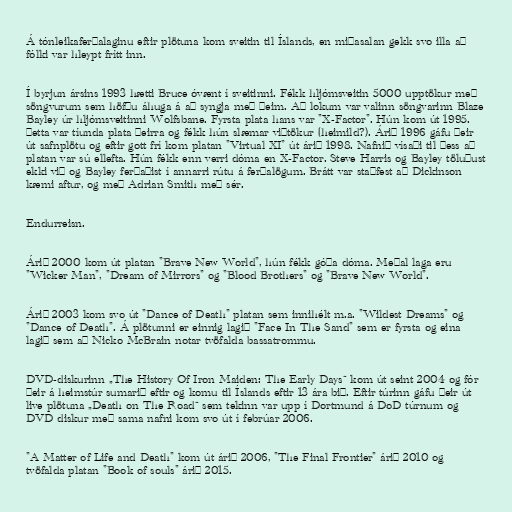
Á tónleikaferðalaginu eftir plötuna kom sveitin til Íslands, en miðasalan gekk svo illa að
fólki var hleypt frítt inn.

Í byrjun ársins 1993 hætti Bruce óvænt í sveitinni. Fékk hljómsveitin 5000 upptökur með
söngvurum sem höfðu áhuga á að syngja með þeim. Að lokum var valinn söngvarinn Blaze
Bayley úr hljómsveitinni Wolfsbane. Fyrsta plata hans var "X-Factor". Hún kom út 1995.
Þetta var tíunda plata þeirra og fékk hún slæmar viðtökur (heimild?). Árið 1996 gáfu þeir
út safnplötu og eftir gott frí kom platan "Virtual XI" út árið 1998. Nafnið vísaði til þess að
platan var sú ellefta. Hún fékk enn verri dóma en X-Factor. Steve Harris og Bayley töluðust
ekki við og Bayley ferðaðist í annarri rútu á ferðalögum. Brátt var staðfest að Dickinson
kæmi aftur, og með Adrian Smith með sér.

Endurreisn.

Árið 2000 kom út platan "Brave New World", hún fékk góða dóma. Meðal laga eru
"Wicker Man", "Dream of Mirrors" og "Blood Brothers" og "Brave New World".

Árið 2003 kom svo út "Dance of Death" platan sem innihélt m.a. "Wildest Dreams" og
"Dance of Death". Á plötunni er einnig lagið "Face In The Sand" sem er fyrsta og eina
lagið sem að Nicko McBrain notar tvöfalda bassatrommu.

DVD-diskurinn „The History Of Iron Maiden: The Early Days“ kom út seint 2004 og fór
þeir á heimstúr sumarið eftir og komu til Íslands eftir 13 ára bið. Eftir túrinn gáfu þeir út
live plötuna „Death on The Road“ sem tekinn var upp í Dortmund á DoD túrnum og
DVD diskur með sama nafni kom svo út í febrúar 2006.

"A Matter of Life and Death" kom út árið 2006, "The Final Frontier" árið 2010 og
tvöfalda platan "Book of souls" árið 2015.